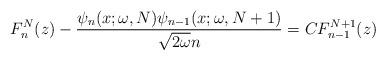
LaTeX: \begin{align*} F_{n}^{N}(z)-\frac{\psi _{n}(x;\omega,N) \psi _{n-1} ( x;\omega ,N+1 ) }{\sqrt{2\omega }n}=CF_{n-1}^{N+1}(z) \end{align*}